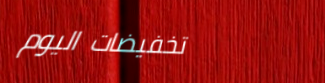
تخفيضات اليوم